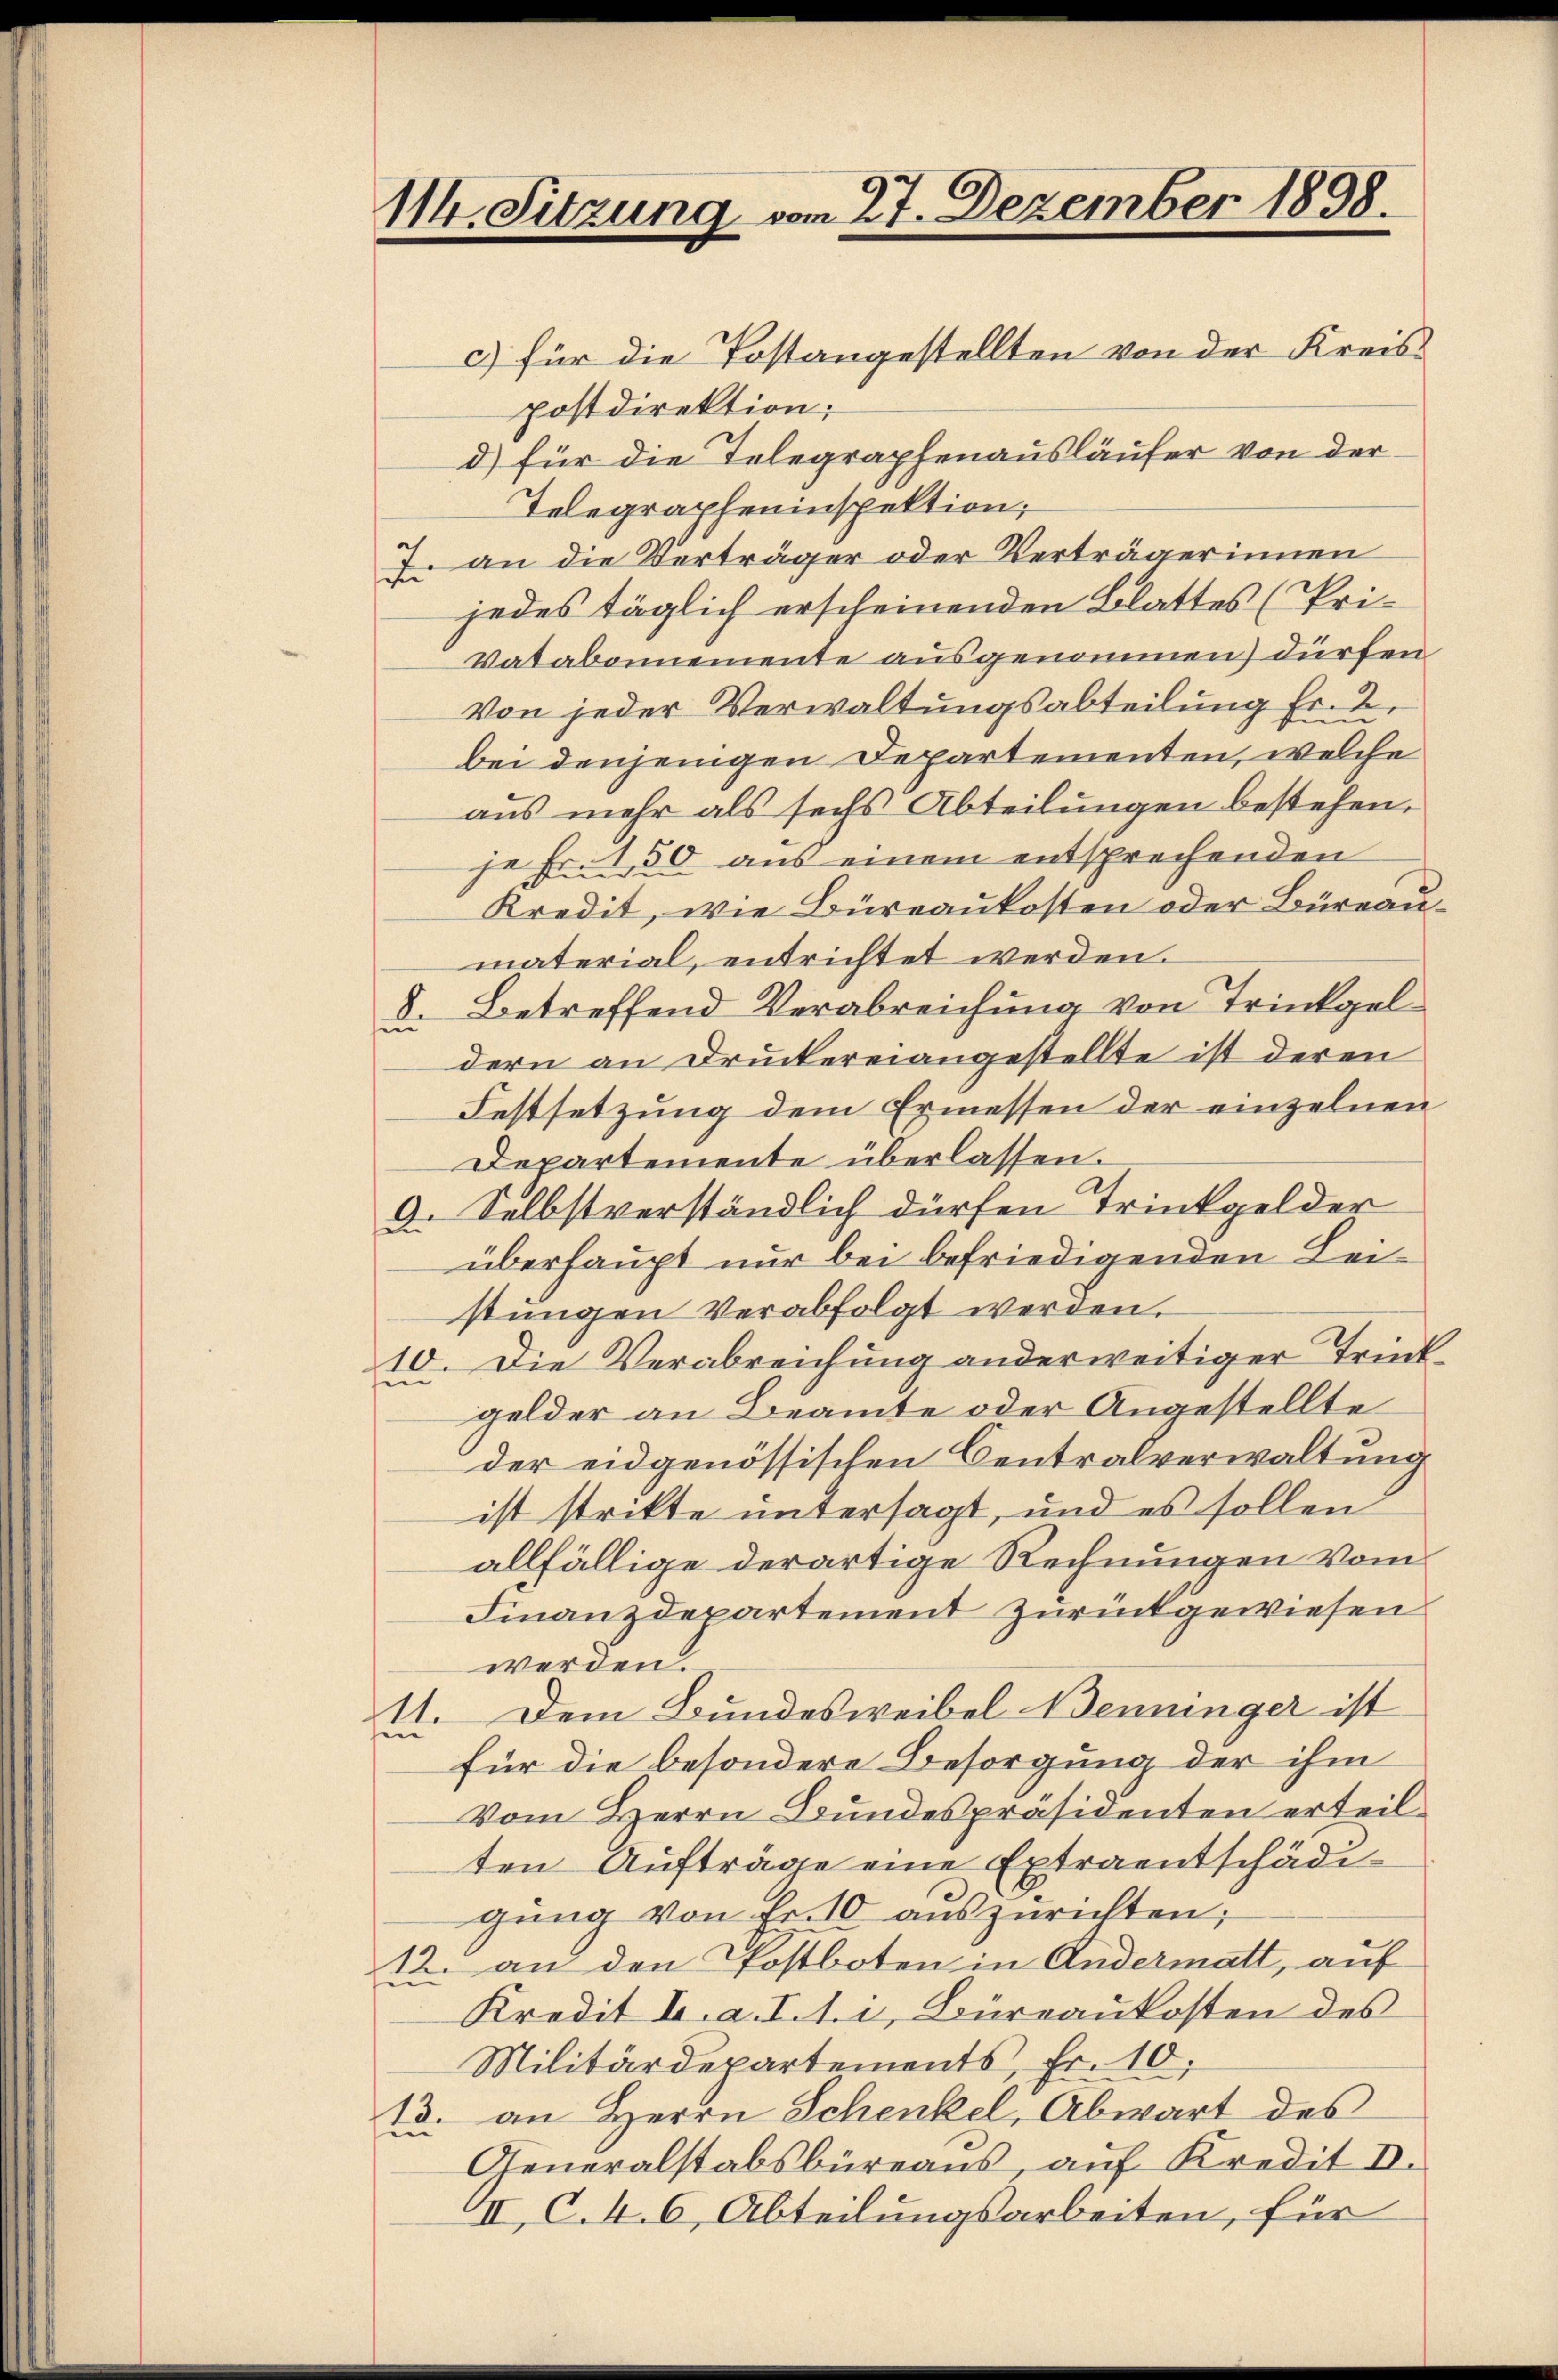
114. Sitzung vom 27. Dezember 1898.

c) für die Postangestellten von der Kreispostdirektion;
d) für die Telegraphenausläufer von der
Telegrapheninspektion;
7. an die Verträger oder Verträgerinnen
jedes täglich erscheinenden Blattes (Pri¬
Vatabonnemente ausgenommen) dürfen
.
Von jeder Verwaltungsabteilung Erbei denjenigen Departementen, welche
aus mehr als sechs Abteilungen bestehen.
je Fr. 150 aus einem entsprechenden
Kredit, wie Büreaukosten oder Büreaumaterial, entrichtet werden.
8. Betreffend Verabreichung von Trinkgel
dern an Druckereiangestellte ist deren
Festsetzung dem Ermessen der einzelnen
Departemente überlassen.
9. Selbstverständlich dürfen Trinkgelder
überhaupt nur bei befriedigenden Leistŭngen verabfolgt werden.
10. Die Verabreichung anderweitiger Trinkgelder an Beamte oder Angestellte
der eidgenössischen Centralverwaltung
ist strikte untersagt, und es sollen
allfällige derartige Rechnungen vom
Finanzdepartement zurückgewiesen
werden.
Dem Bundesweibel Nennunger ist
11.
in
für die besondere Besorgung der ihm
Vom Herrn Bundespräsidenten erteil-
ten Aufträge eine Extraentschädigŭng von Fr. 10 auszurichten;
12. an den Postboten in Andermatt, auf
Kredit I. a. I. 1. i, Büreaukosten des
Militärdepartements, Fr. 10.
13. an Herrn Schenkel, Abwart des
Generalstabsbüreaus, auf Kredit II.
II, C.M. 6, Abteilungsarbeiten, für